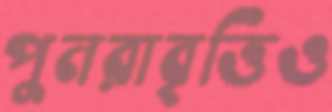
পুনরাবৃত্তিও